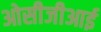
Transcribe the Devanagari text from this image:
ओसीजीआई